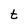
Character: t